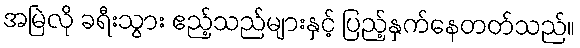
အမြဲလို ခရီးသွား ဧည့်သည်များနှင့် ပြည့်နှက်နေတတ်သည်။